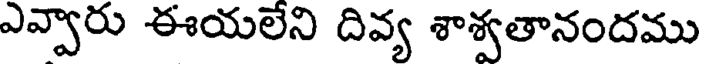
ఎవ్వారు ఈయలేని దివ్య శాశ్వతానందము